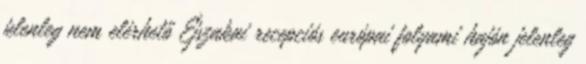
jelenleg nem elérhető Éjszakai recepciós európai folyami hajón jelenleg